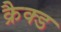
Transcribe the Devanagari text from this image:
क्रैक्ड